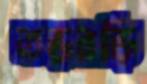
তড়বড়ি